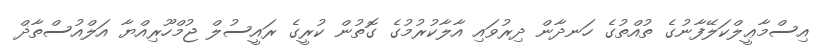
އިސްމާޢީލްކަލޭފާނުގެ ތުއްތުގެ ހަނދާން ދިރުވައި އާލާކުރުމުގެ ގޮތުން ކުރީގެ ރައީސުލް ޖުމްހޫރިއްޔާ އަލްއުސްތާޛް